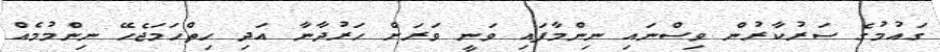
ގައުމުގެ ސަރުކާރުން ވިސްނައި ނިންމާފައި ވަނީ ވަރަށް ހަރުދާނާ އަދި ހިތްހަމަޖެހޭ ނިންމުމެއް